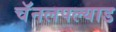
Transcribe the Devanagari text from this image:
चॅनलपल्याड